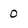
Character: 0